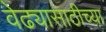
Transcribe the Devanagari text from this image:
वेढ्यासाठीच्या